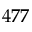
4 7 7